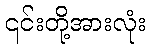
၎င်းတို့အားလုံး